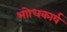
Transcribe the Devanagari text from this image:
भाोधकार्य